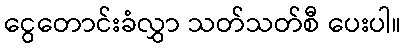
ငွေတောင်းခံလွှာ သတ်သတ်စီ ပေးပါ။